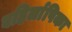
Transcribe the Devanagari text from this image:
बहिर्लापिका